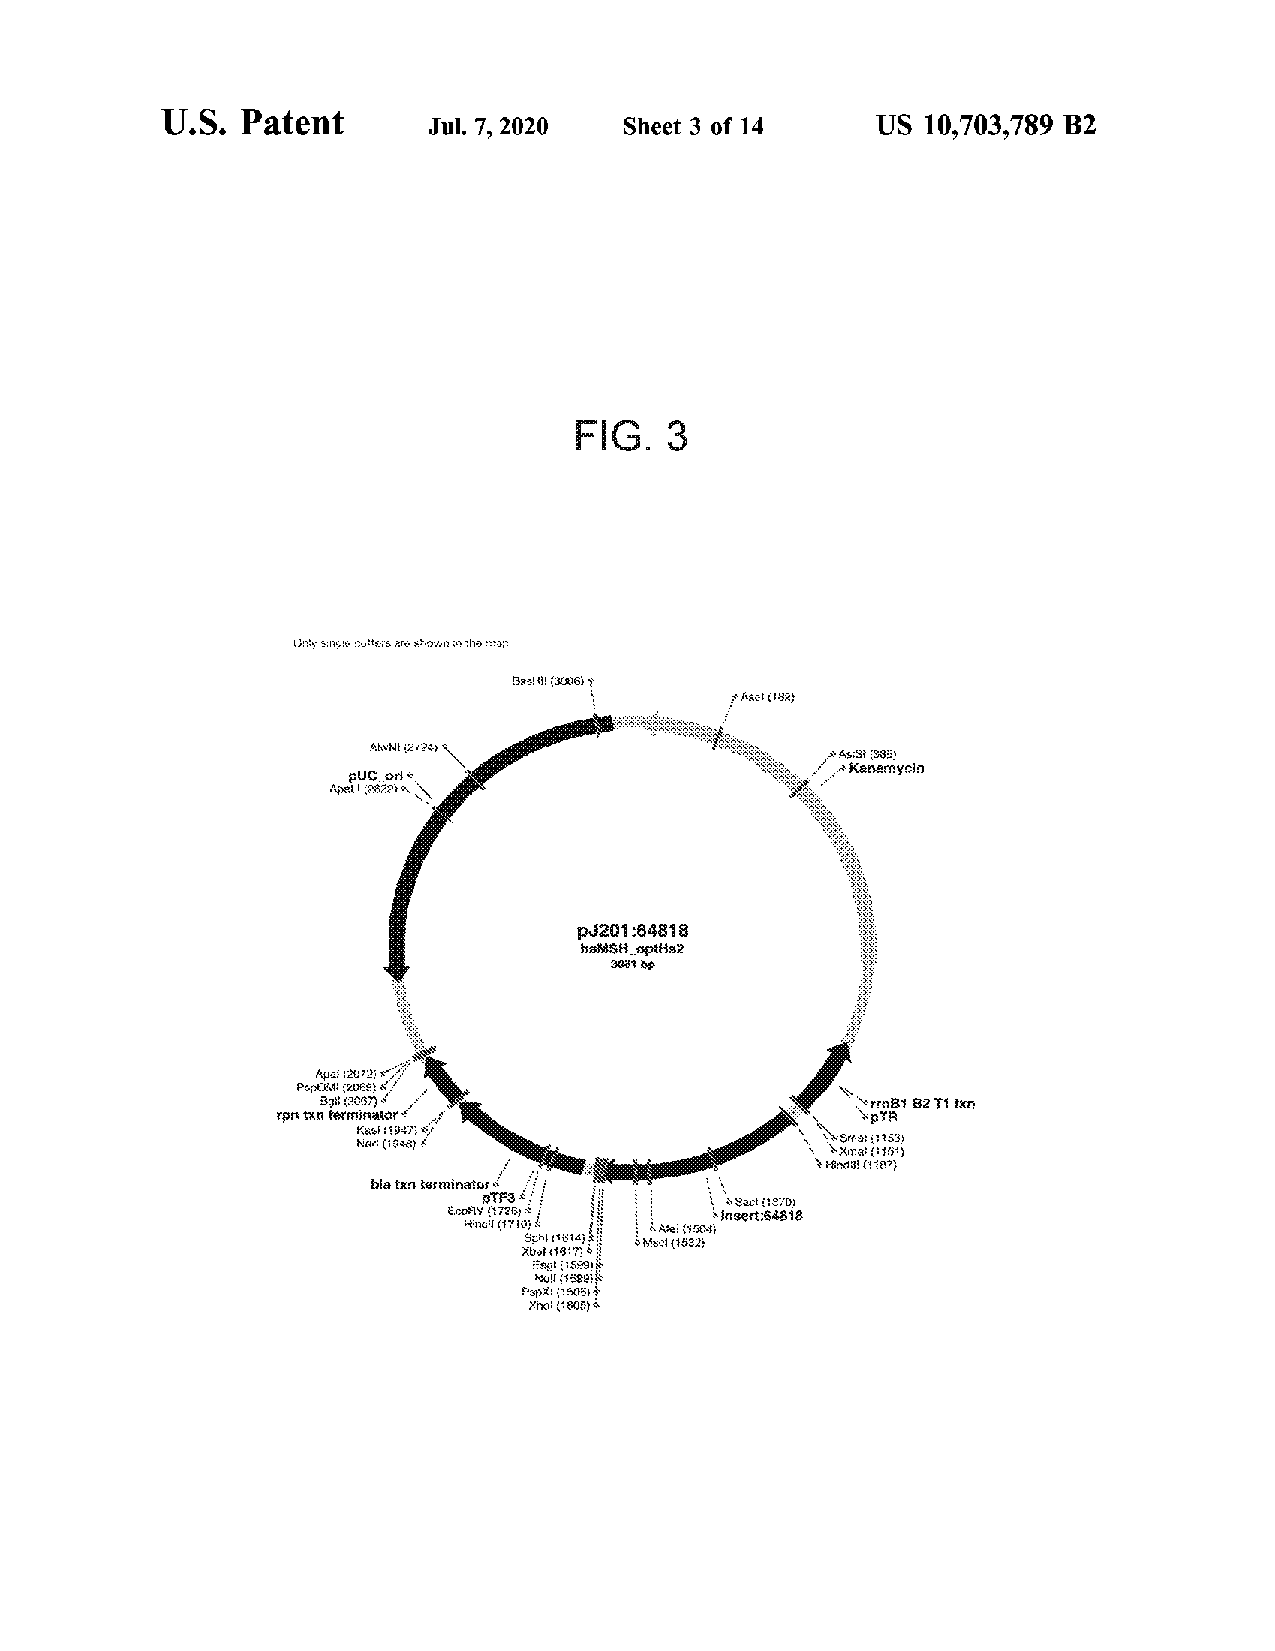
U.S. Patent
 Jul. 7 , 2020 Sheet 3 of 14  US 10,703,789 B2
 FIG  . 3
 Only single outors are showi? tho
 389613006 )
 Asa ) ( 182 )
 ANNI (2 724 )
 As: $ } (3 83 )
 Kanamycin
 PUC ori
 Apal ( 2822 )
 p3201 : 64818
 Sa # $ # _ spths2
 3081 op
 Apal ( 2372 ;
 PopoM ( 2009 )
 BSH ( 2067 )
 ypni txn tersinator
 Kast ( 1947 )
 har (1 948 )                    Srra : 1153 )
 Xma: 4:15 )
 dB ( 187 )
 hia txo terminatos
 B7F3             Sac ! 13 : 0 )
 ECOAV (1 723 )    insert: 64812
 Pirc ( 1710 ; Ale (1 504 )
 Sphi11614 ; Msett1532 ;
 Xbol { 161 ?
 Kayl ( 1599 )
 No ( 1592
 PspX : (7 5051
 Xhoi ( 18057)